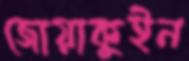
জোয়াকুইন